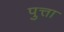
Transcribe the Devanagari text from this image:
पुत्ता